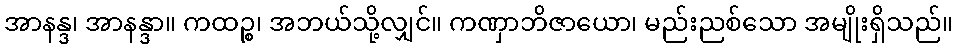
အာနန္ဒ၊ အာနန္ဒာ။ ကထဉ္စ၊ အဘယ်သို့လျှင်။ ကဏှာဘိဇာယော၊ မည်းညစ်သော အမျိုးရှိသည်။